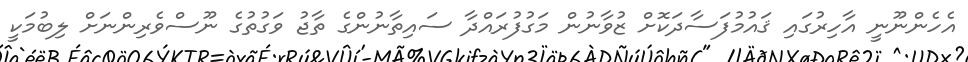
އެހެންނޫނީ އާހިރުގައި ޤައުމުފަސާދަކޮށް ޒުވާނުން މަގުފުރައްދާ ސައިތާނުންގެ ތާޖު ވަގުތުގެ ނޫސްވެރިންނަށް ލިބުމަކީ